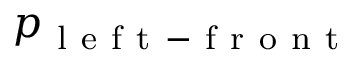
p _ { \mathrm { ~ l ~ e ~ f ~ t ~ - ~ f ~ r ~ o ~ n ~ t ~ } }